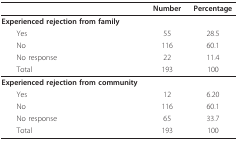
|  | Number | Percentage |
 | --- | --- | --- |
 | Experienced rejection from family |  |  |
 | Yes | 55 | 28.5 |
 | No | 116 | 60.1 |
 | No response | 22 | 11.4 |
 | Total | 193 | 100 |
 | Experienced rejection from community |  |  |
 | Yes | 12 | 6.20 |
 | No | 116 | 60.1 |
 | No response | 65 | 33.7 |
 | Total | 193 | 100 |